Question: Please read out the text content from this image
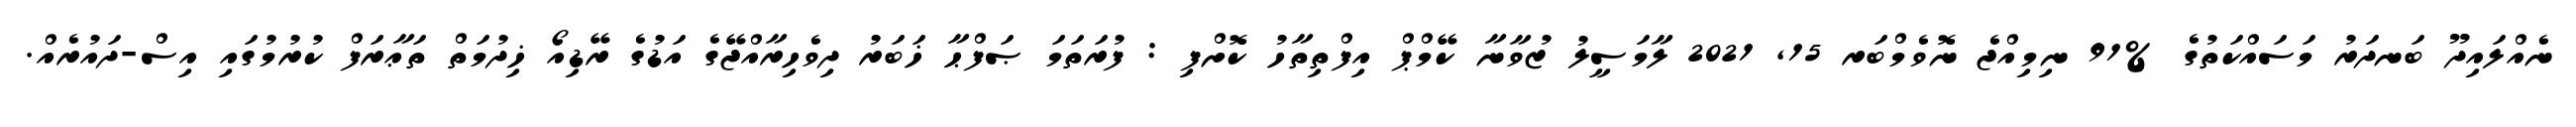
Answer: ނެއްލައިދޫ ބަނދަރު މަސައްކަތުގެ %91 ނިމިއްޖެ ނޮވެމްބަރ 15, 2021 ލާމަސީލު ޒުވާނާ ކޭމްޕް އިފްތިތާހު ކޮށްފި : ފުރަތަމަ ޞަފްޙާ ޚަބަރު ދިވެހިރާއްޖޭގެ އަޑުގެ ރޭޑިއޯ ޚިދުމަތް ތަޢާރަފް ކުރުމުގައި އިސް-ދައުރެއް.